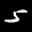
Label: 5